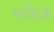
ગણિકા